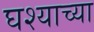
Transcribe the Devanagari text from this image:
घश्याच्या